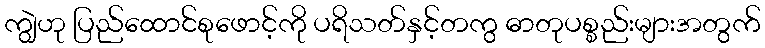
ကျွဲဟု ပြည်ထောင်စုဖောင့်ကို ပရိသတ်နှင့်တကွ ဓာတုပစ္စည်းများအတွက်